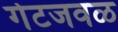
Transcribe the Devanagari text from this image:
गेटजवळ